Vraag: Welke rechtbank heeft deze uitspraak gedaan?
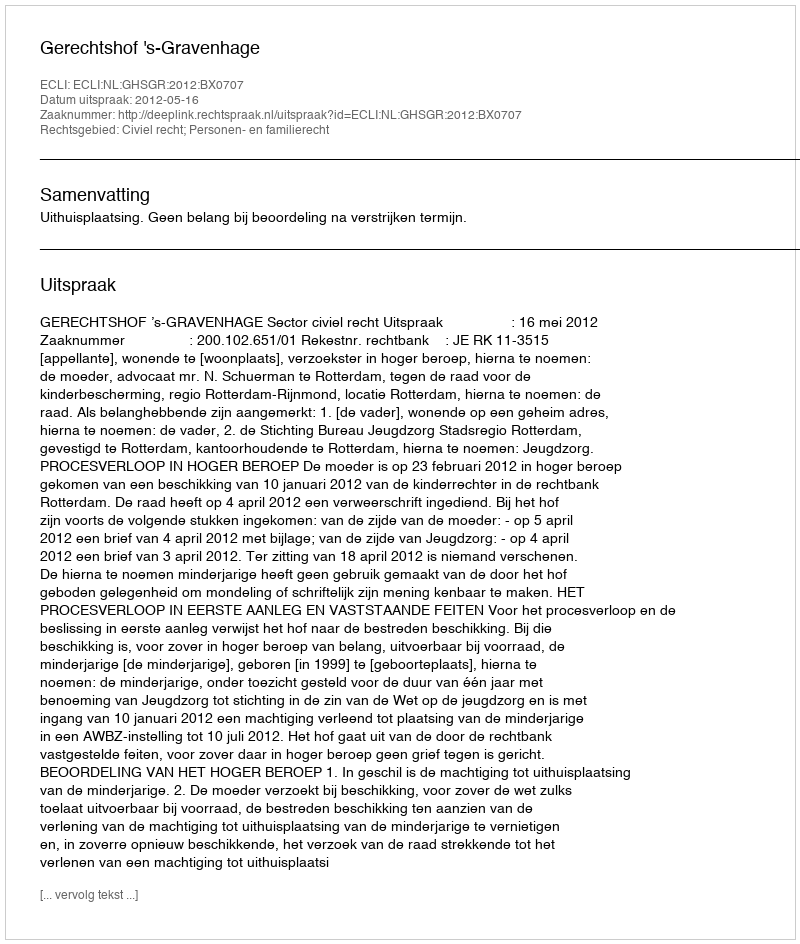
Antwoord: Gerechtshof 's-Gravenhage